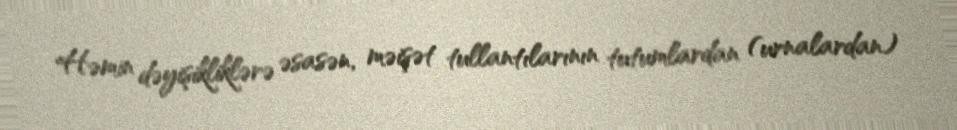
Həmin dəyişikliklərə əsasən, məişət tullantılarının tutumlardan (urnalardan)